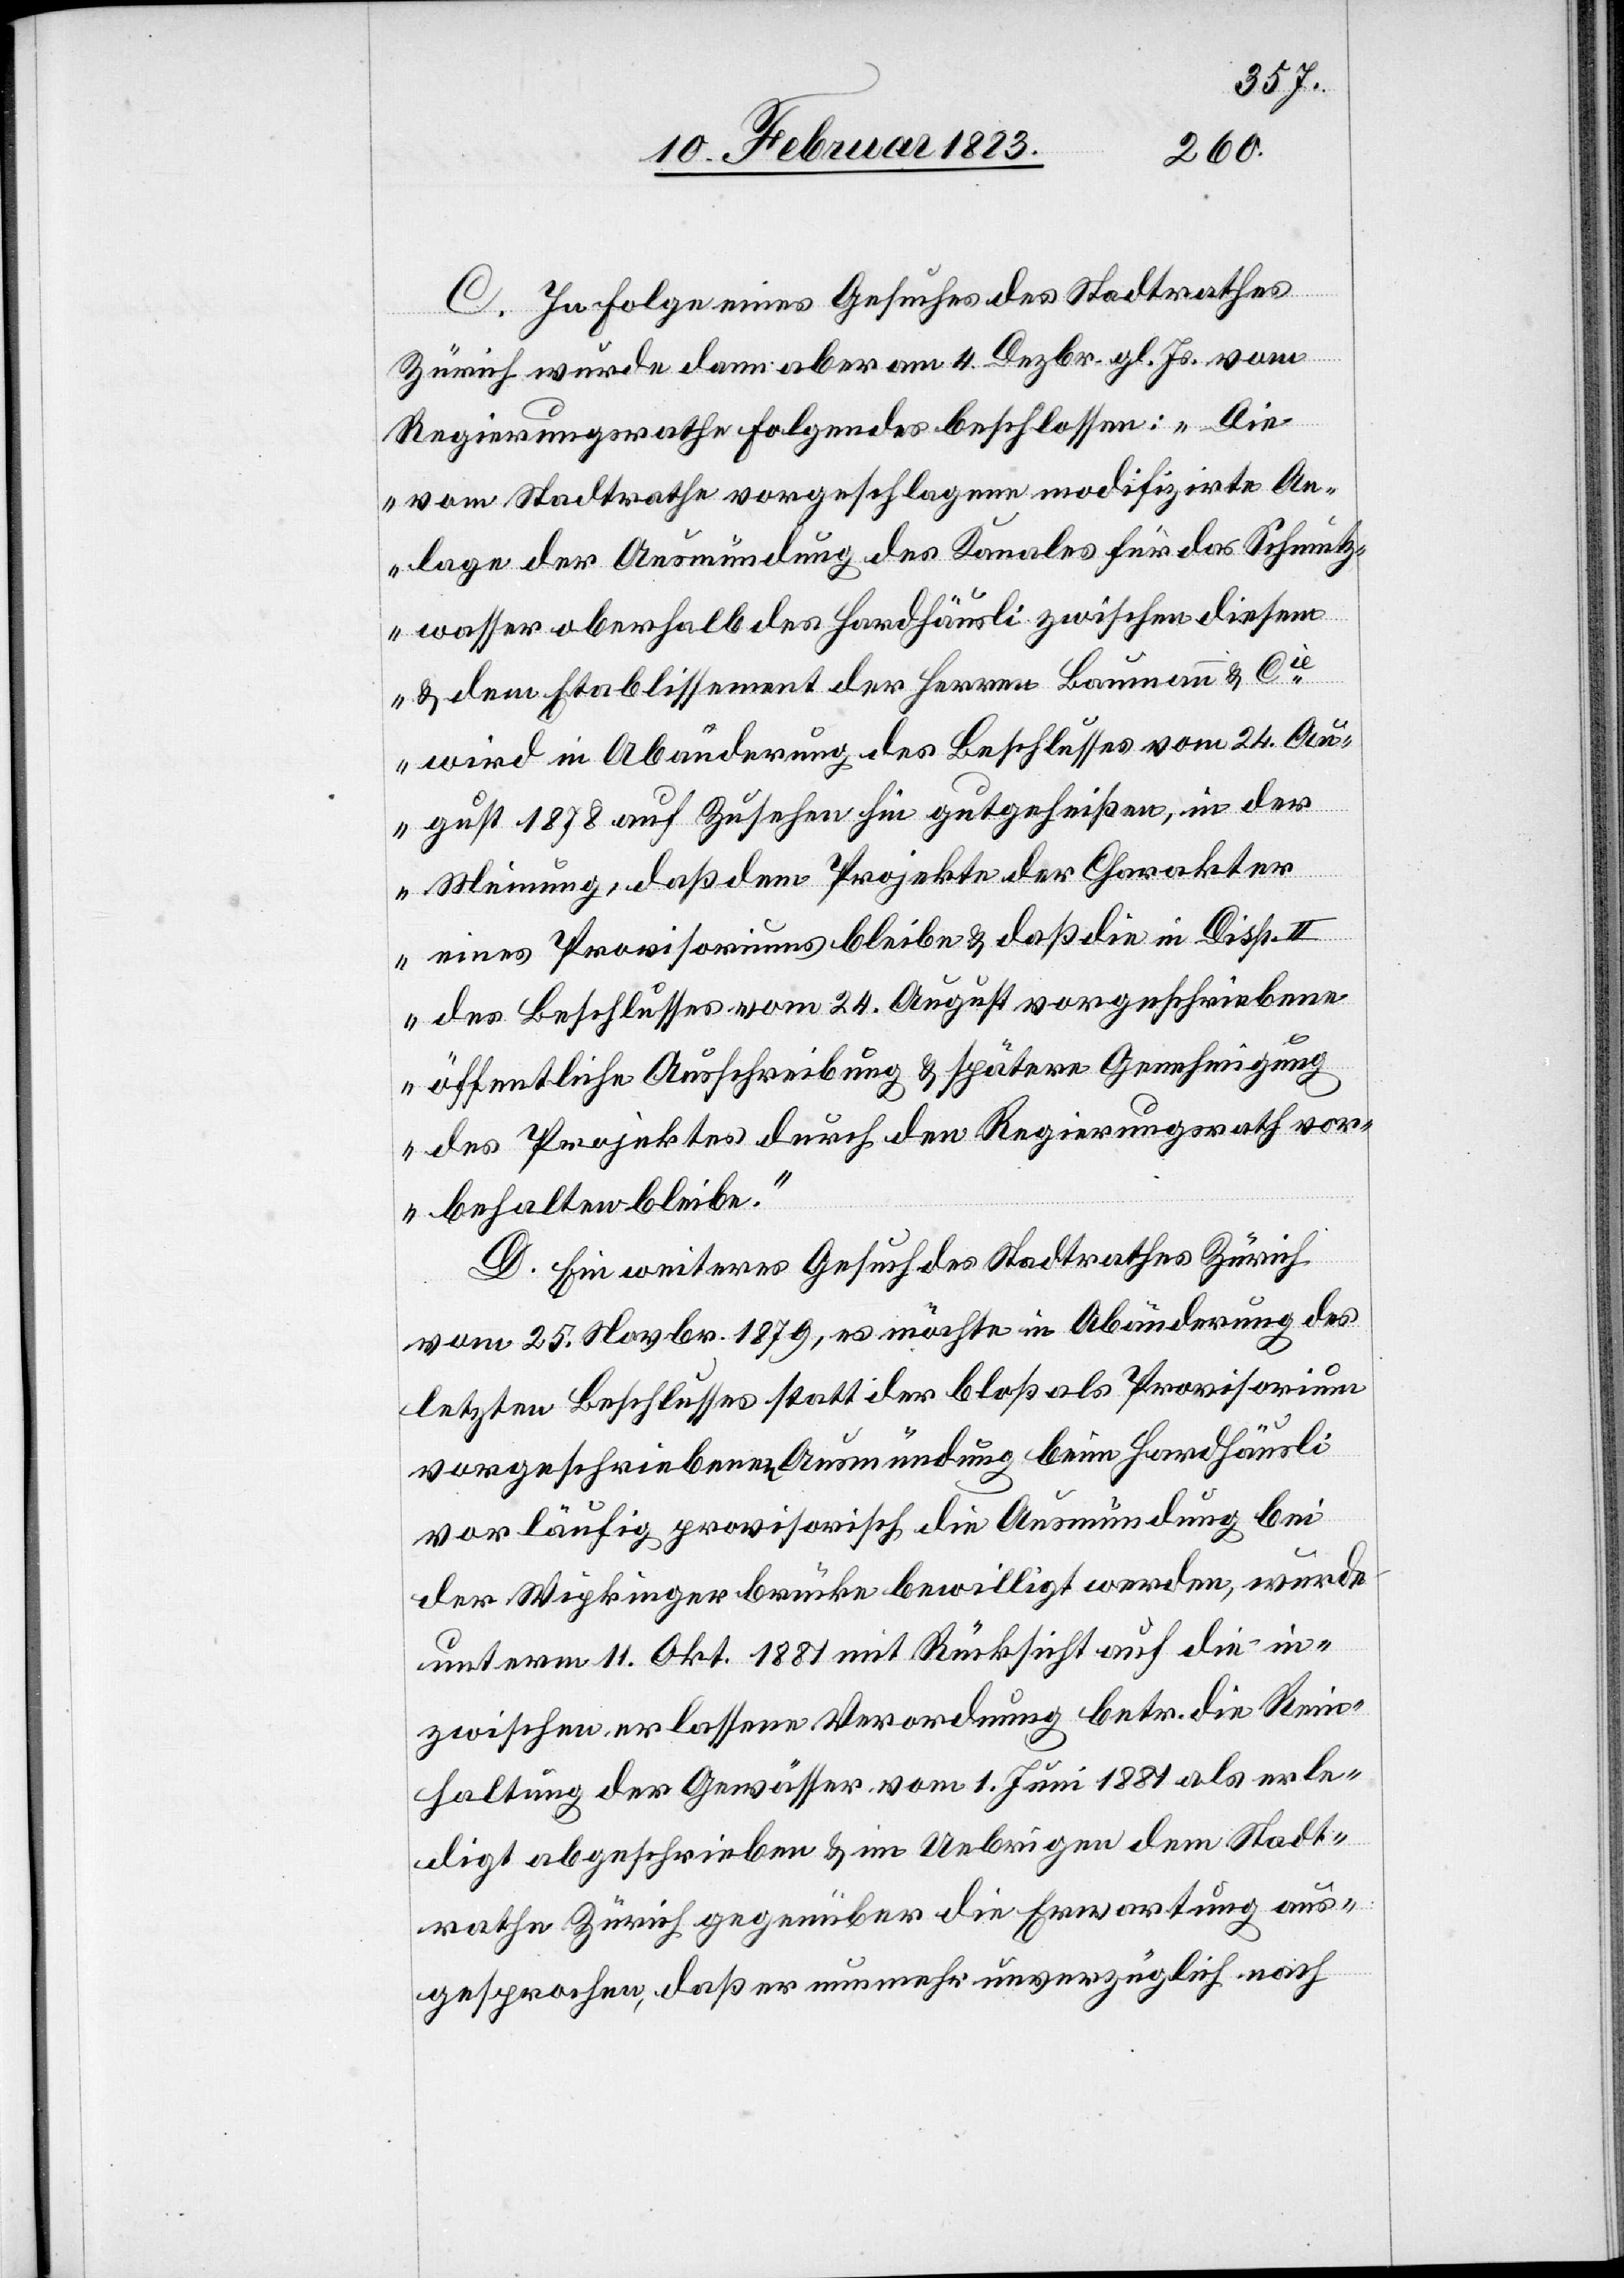
C. In Folge eines Gesuches des Stadtrathes
Zürich wurde dann aber am 4. Dezbr. gl. Js. vom
Regierungsrathe Folgendes beschlossen: „Die
vom Stadtrathe vorgeschlagene modifizirte An¬
lage der Ausmündung des Kanales für das Schmutz¬
wasser oberhalb des Hardhäusli zwischen diesem
& dem Etablissement der Herren Baumann & Cie
wird in Abänderung des Beschlusses vom 24. Au¬
gust 1878 auf Zusehen gutgeheißen, in der
Meinung, daß dem Projekte der Charakter
eines Provisoriums bleibe & daß die in Disp.
II des Beschlusses vom 24. August vorgeschriebene
öffentliche Ausschreibung & spätere Genehmigung
des Projektes durch den Regierungsrath vor¬
behalten bleibe.“
D. Ein weiteres Gesuch des Stadtrathes Zürich
vom 25. Novbr. 1879, es möchte in Abänderung des
letzten Beschlusses statt der bloß als Provisorium
vorgeschriebenen Ausmündung beim Hardhäusli
vorläufig provisorisch die Ausmündung bei
der Wipkingerbrücke bewilligt werden, wurde
unterm 11. Okt. 1881 mit Rücksicht auf die – in¬
zwischen erlassene Verordnung betr. die Rein¬
haltung der Gewässer vom 1. Juni 1881 als erle¬
digt abgeschrieben & im Uebrigen dem Stadt¬
rathe Zürich gegenüber die Erwartung aus¬
gesprochen, daß er nunmehr unverzüglich nach